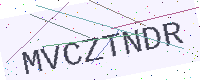
Text: MVCZTNDR